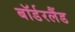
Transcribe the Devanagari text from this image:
बॉर्डरलैंड